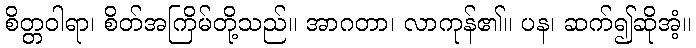
စိတ္တဝါရာ၊ စိတ်အကြိမ်တို့သည်။ အာဂတာ၊ လာကုန်၏။ ပန၊ ဆက်၍ဆိုအံ့။